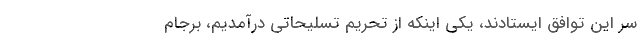
سر این توافق ایستادند، یکی اینکه از تحریم تسلیحاتی درآمدیم، برجام